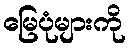
မြေပုံများကို